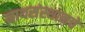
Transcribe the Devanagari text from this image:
नाथसंस्थानचे